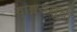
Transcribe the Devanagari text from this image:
वाङ्मयसूची